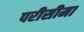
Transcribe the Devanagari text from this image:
परीसीमा